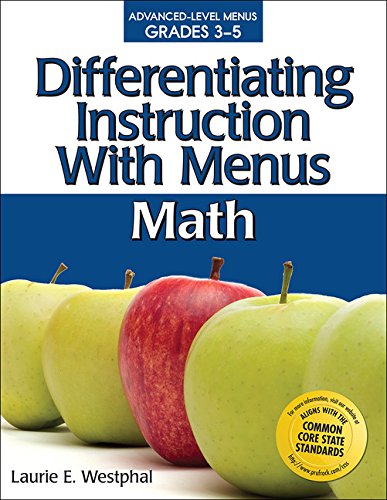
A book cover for Differentiating Instruction with Menus: Math (Grades 3-5); Laurie Westphal; Science & Math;